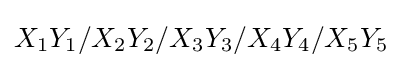
X_{1}Y_{1}/X_{2}Y_{2}/X_{3}Y_{3}/X_{4}Y_{4}/X_{5}Y_{5}